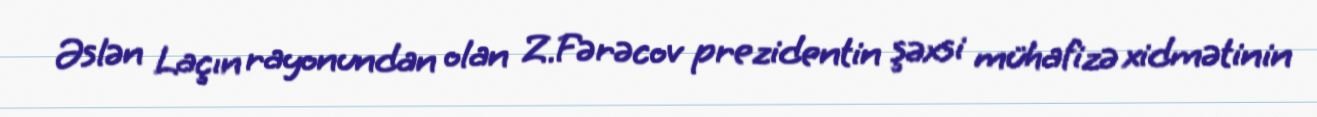
Əslən Laçın rayonundan olan Z.Fərəcov prezidentin şəxsi mühafizə xidmətinin